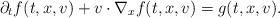
LaTeX: \begin{align*}\partial_t f(t,x,v)+v\cdot\nabla_x f(t,x,v)=g(t,x,v).\end{align*}